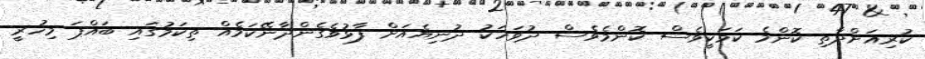
ކުރިއަށްދާތި ކޮންމެ ކަމަކީވެސް ކޮންމެވެސް ދުވަހަކު ދުނިޔެއަށް ފާޅުވެގެންދާނޭކަމެއް ތިކަމުގައި ބައްޕަ މިހުރީ